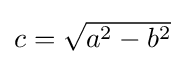
{\textstyle c={\sqrt {a^{2}-b^{2}}}}